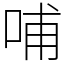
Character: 哺